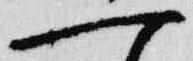
一